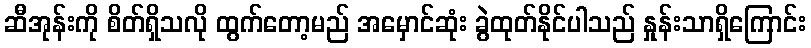
ဆီအုန်းကို စိတ်ရှိသလို ထွက်တော့မည် အမှောင်ဆုံး ခွဲထုတ်နိုင်ပါသည် နှုန်းသာရှိကြောင်း